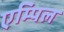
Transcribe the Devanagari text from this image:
एम्पिल